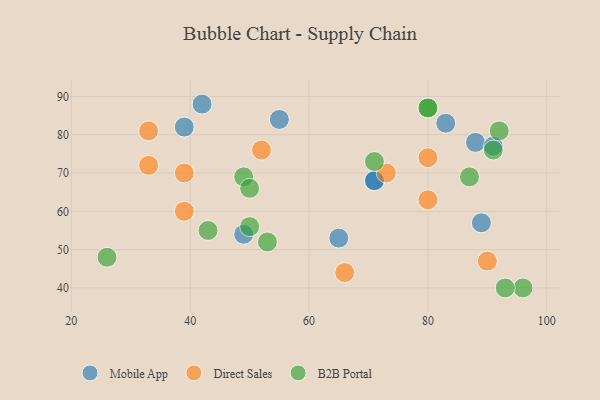
{"axis": {"x": "GDP", "y": "Life Expectancy"}, "legend": ["B2B Portal", "Direct Sales", "Mobile App"], "data": [{"x": "71", "y": 68, "type": "Mobile App"}, {"x": "42", "y": 88, "type": "Mobile App"}, {"x": "88", "y": 78, "type": "Mobile App"}, {"x": "89", "y": 57, "type": "Mobile App"}, {"x": "83", "y": 83, "type": "Mobile App"}, {"x": "49", "y": 54, "type": "Mobile App"}, {"x": "71", "y": 68, "type": "Mobile App"}, {"x": "65", "y": 53, "type": "Mobile App"}, {"x": "39", "y": 82, "type": "Mobile App"}, {"x": "55", "y": 84, "type": "Mobile App"}, {"x": "91", "y": 77, "type": "Mobile App"}, {"x": "33", "y": 72, "type": "Direct Sales"}, {"x": "80", "y": 74, "type": "Direct Sales"}, {"x": "33", "y": 81, "type": "Direct Sales"}, {"x": "90", "y": 47, "type": "Direct Sales"}, {"x": "73", "y": 70, "type": "Direct Sales"}, {"x": "80", "y": 63, "type": "Direct Sales"}, {"x": "66", "y": 44, "type": "Direct Sales"}, {"x": "52", "y": 76, "type": "Direct Sales"}, {"x": "39", "y": 60, "type": "Direct Sales"}, {"x": "39", "y": 70, "type": "Direct Sales"}, {"x": "49", "y": 69, "type": "B2B Portal"}, {"x": "80", "y": 87, "type": "B2B Portal"}, {"x": "50", "y": 66, "type": "B2B Portal"}, {"x": "91", "y": 76, "type": "B2B Portal"}, {"x": "87", "y": 69, "type": "B2B Portal"}, {"x": "26", "y": 48, "type": "B2B Portal"}, {"x": "50", "y": 56, "type": "B2B Portal"}, {"x": "80", "y": 87, "type": "B2B Portal"}, {"x": "92", "y": 81, "type": "B2B Portal"}, {"x": "71", "y": 73, "type": "B2B Portal"}, {"x": "96", "y": 40, "type": "B2B Portal"}, {"x": "43", "y": 55, "type": "B2B Portal"}, {"x": "53", "y": 52, "type": "B2B Portal"}, {"x": "93", "y": 40, "type": "B2B Portal"}]}